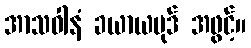
အာသဝါနံ ခယာယပုဒ် အဖွင့်။